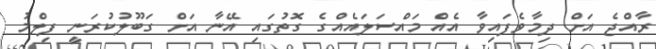
ރާއްޖެ އަށް ދިމާވެފައިވާ އެއް މައްސަލައެއްގެ ގޮތުގައި އޭނާ އަށް ގަބޫލުކުރަނީ ފިލްމު